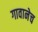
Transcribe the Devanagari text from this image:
गावानेच